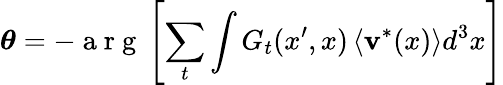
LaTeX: \boldsymbol{\theta}=-\mathrm{~a~r~g~}\left[\sum_{t}\int G_{t}(x^{\prime},x)\left<\textbf{v}^{*}(x)\right>d^{3}x\right]